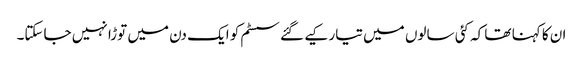
ان کا کہنا تھا کہ کئی سالوں میں تیار کیے گئے سسٹم کو ایک دن میں توڑا نہیں جاسکتا۔